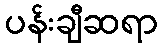
ပန်းချီဆရာ